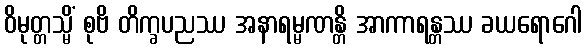
ဝိမုတ္တသ္မိံ စုဗိ တိက္ခပညဿ အနာရမ္မဏန္တိ အာကာရန္တဿ ခယရောဂေါ